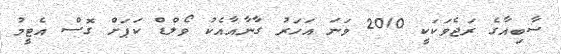
ސާބިއާގެ ރަޖެވަކަކީ 2010 ވަނަ އަހަރު ގާނާއާއެކު ވޯލްޑް ކަޕަށް ގޮސް އެޓީމު